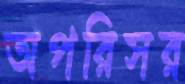
অপরিসর